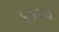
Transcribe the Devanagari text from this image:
५१२३